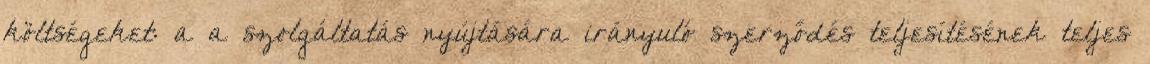
költségeket: a a szolgáltatás nyújtására irányuló szerződés teljesítésének teljes